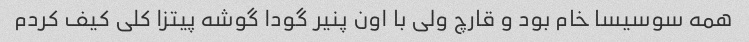
همه سوسیسا خام بود و قارچ ولی با اون پنیر گودا گوشه پیتزا کلی کیف کردم